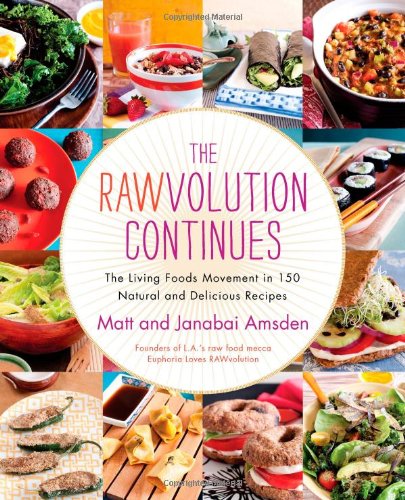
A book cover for The Rawvolution Continues: The Living Foods Movement in 150 Natural and Delicious Recipes; Matt Amsden; Cookbooks, Food & Wine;